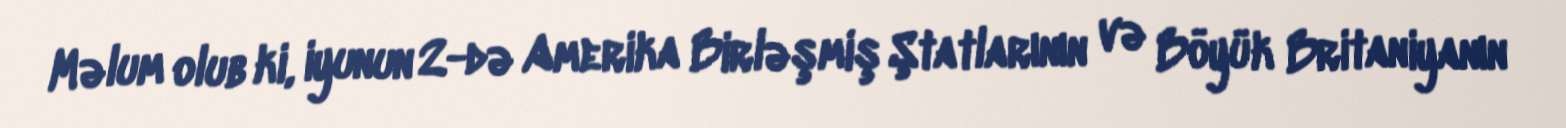
Məlum olub ki, iyunun 2-də Amerika Birləşmiş Ştatlarının və Böyük Britaniyanın